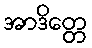
အာဒိတ္တေ